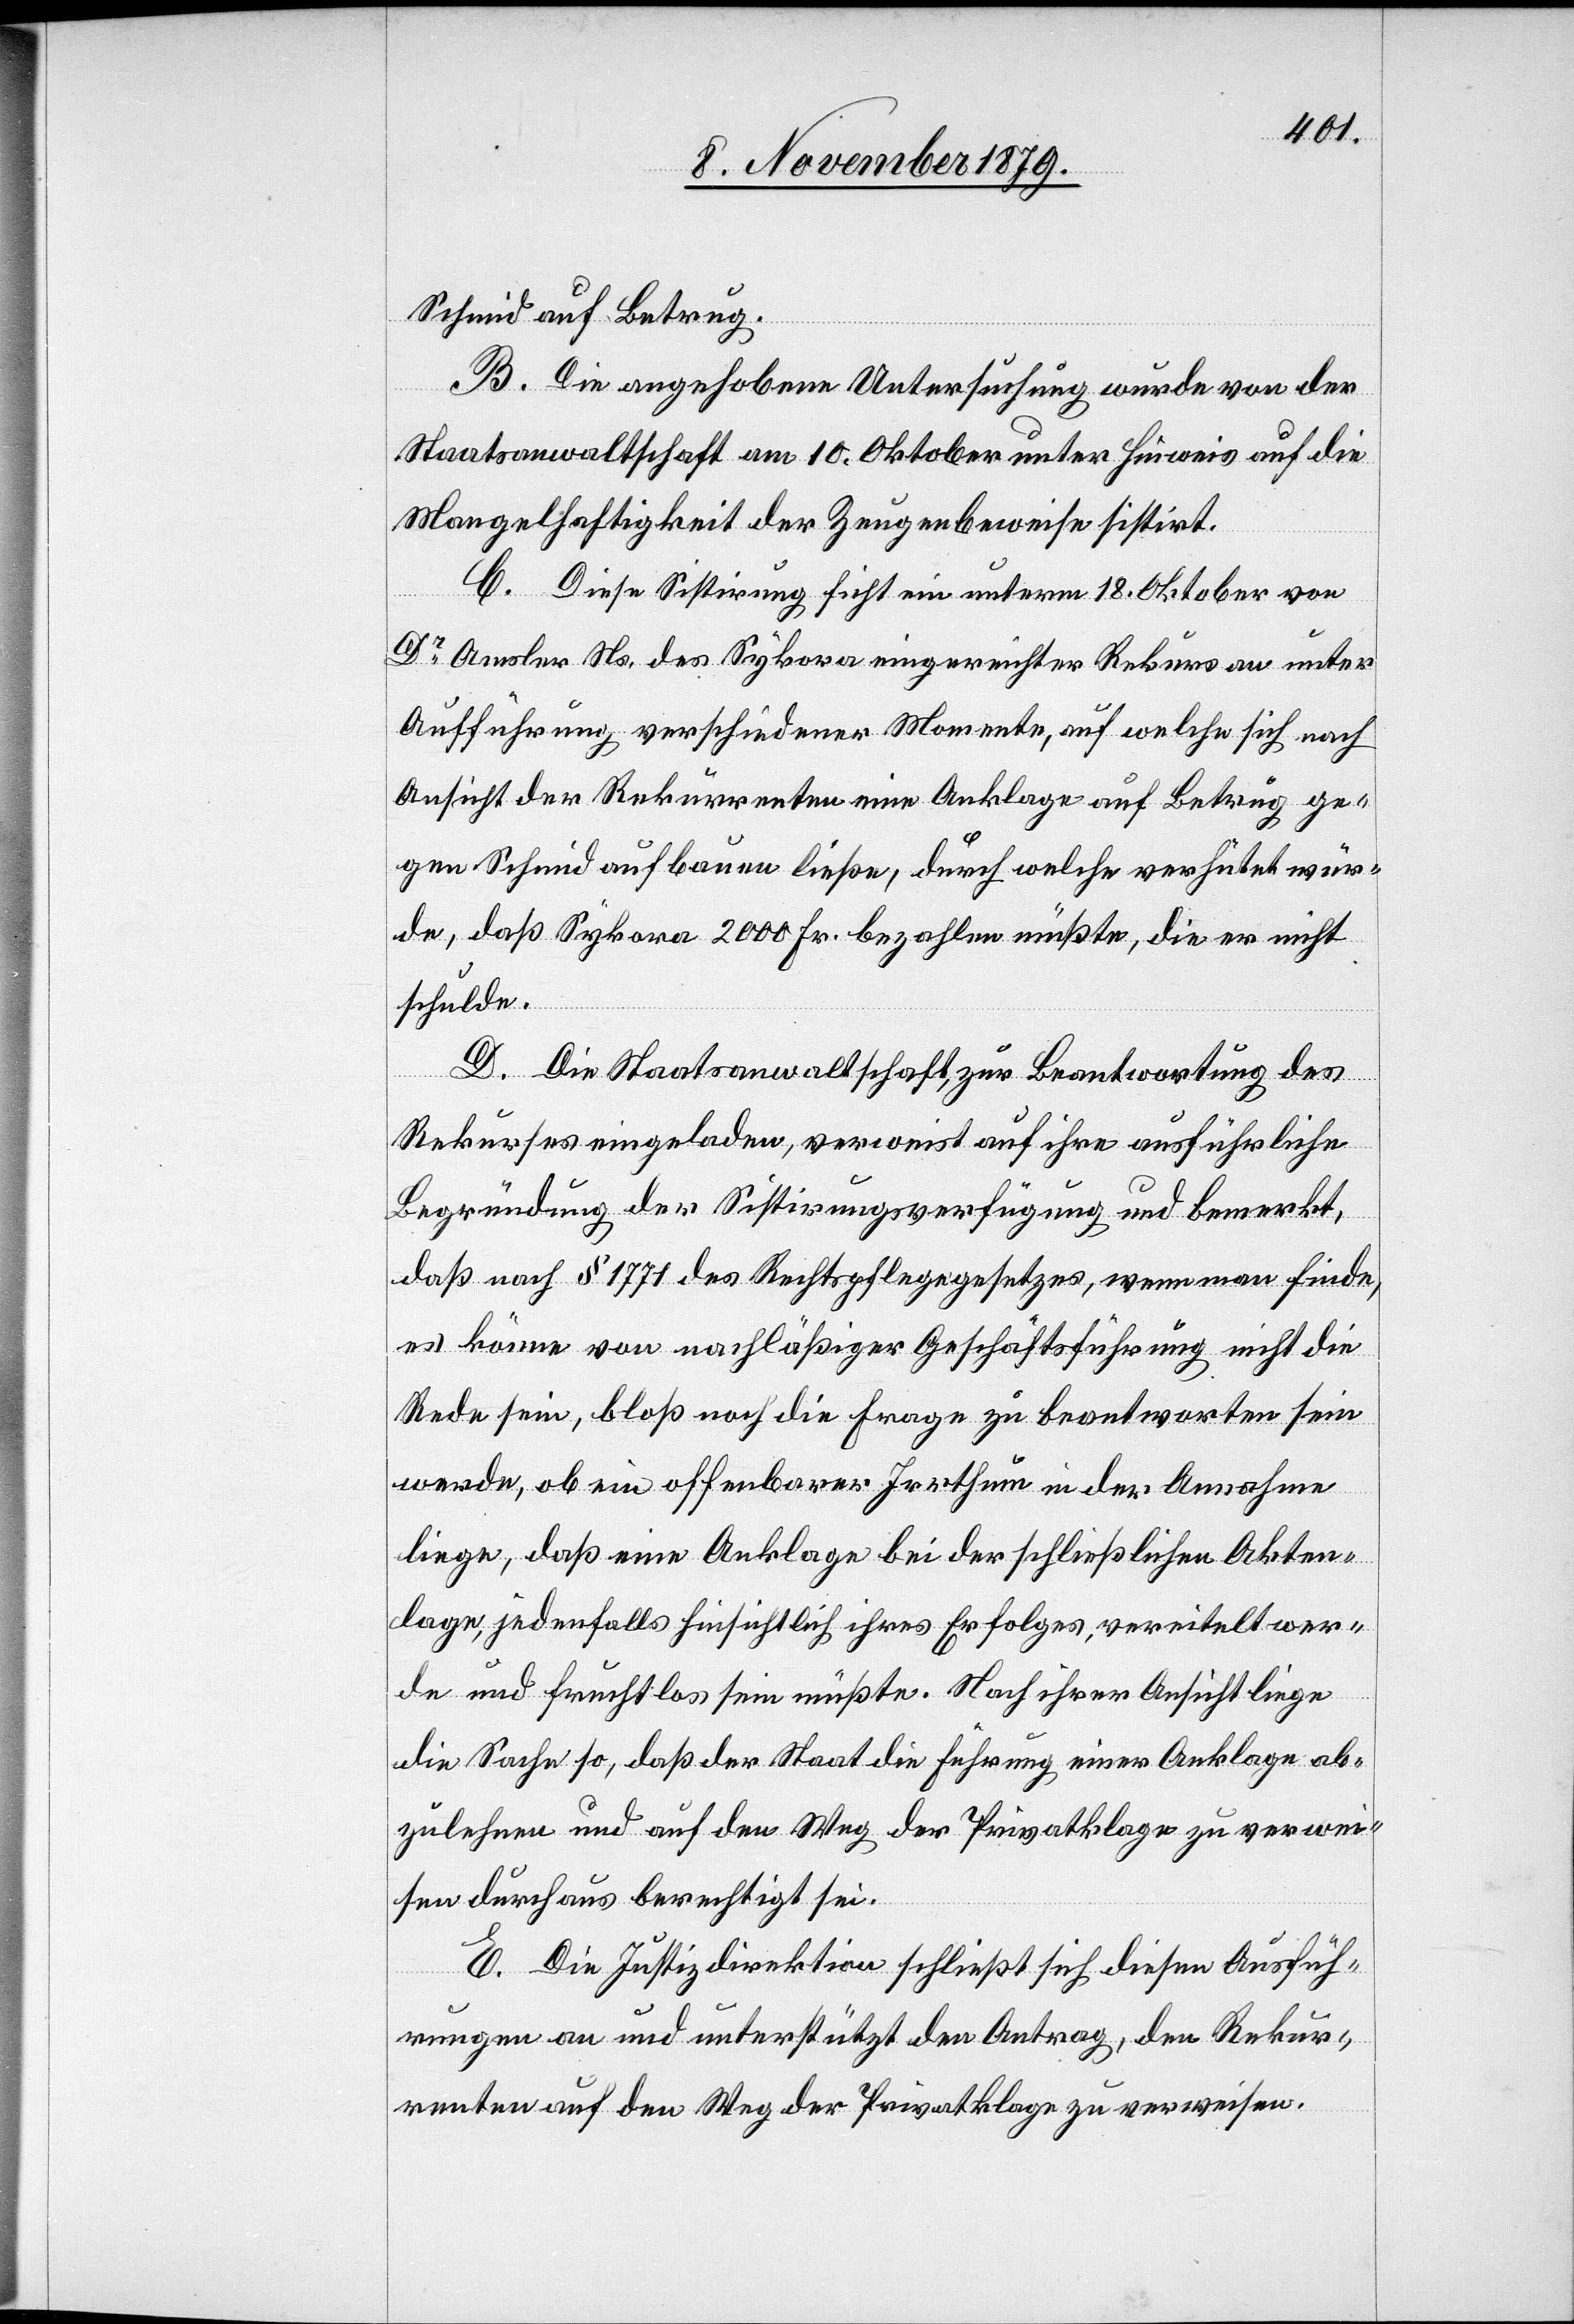
Schmid auf Betrug.
B. Die angehobene Untersuchung wurde von der
Staatsanwaltschaft am 10. Oktober unter Hinweis auf die
Mangelhaftigkeit der Zeugenbeweise sistirt.
C. Diese Sistirung ficht ein unterm 18. Oktober von
Dr Amsler Ns. des Sykora eingereichten Rekurse an unter
Aufführung verschiedener Momente, auf welche sich nach
Ansicht der Rekurrenten eine Anklage auf Betrug ge¬
gen Schmid aufbauen ließe, durch welche verhütet wür¬
de, daß Sykora 2000 Fr. bezahlen müßte, die er nicht
schulde.
D. Die Staatsanwaltschaft zur Beantwortung des
Rekurses eingeladen, verweist auf ihre ausführliche
Begründung der Sistirungsverfügung und bemerkt,
daß nach § 1771 des Rechtspflegegesetzes, wenn man finde,
es könne von nachläßiger Geschäftsführung nicht die
Rede sein, bloß noch die Frage zu beantworten sein
werde, ob ein offenbarer Irrthum in der Annahme
liege, daß eine Anklage bei der schließlichen Akten¬
lage, jedenfalls hinsichtlich ihrer Erfolges, vereitelt wer¬
den und fruchtlos sein müßte. Nach ihrer Ansicht liege
die Sache so, daß der Staat die Führung einer Anklage ab¬
zulehnen und auf den Weg der Privatklage zu verwei¬
sen durchaus berechtigt sei.
E. Die Justizdirektion schließt sich diesen Ausfüh¬
rungen an und unterstützt den Antrag, den Rekur¬
renten auf den Weg der Privatklage zu verweisen.